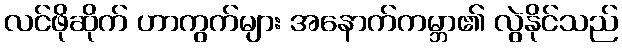
လင်ဖိုဆိုက် ဟာကွက်များ အနောက်ကမ္ဘာ၏ လွဲနိုင်သည်